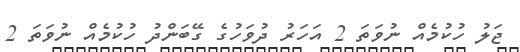
ޖަލު ހުކުމެއް ނުވަތަ 2 އަހަރު ދުވަހުގެ ގޭބަންދު ހުކުމެއް ނުވަތަ 2